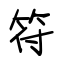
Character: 符